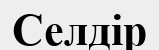
Селдір